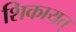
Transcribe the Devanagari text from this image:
शिकायत्